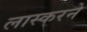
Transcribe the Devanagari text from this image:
लास्करने